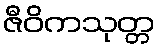
ဇီဝိကသုတ္တ